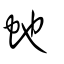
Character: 虵